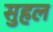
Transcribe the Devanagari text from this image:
सुहल